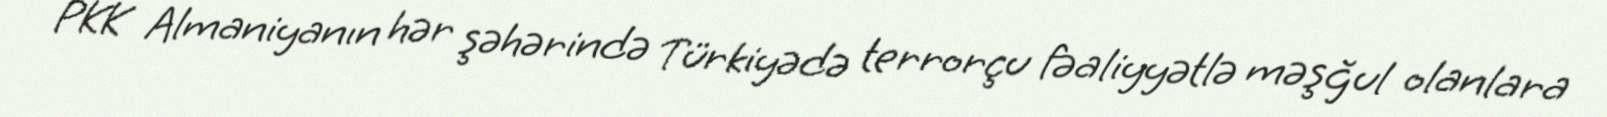
PKK Almaniyanın hər şəhərində Türkiyədə terrorçu fəaliyyətlə məşğul olanlara